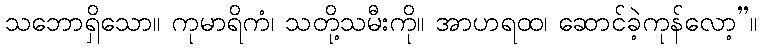
သဘောရှိသော။ ကုမာရိကံ၊ သတို့သမီးကို။ အာဟရထ၊ ဆောင်ခဲ့ကုန်လော့”။